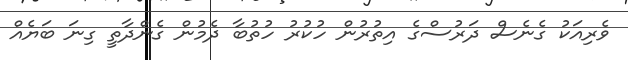
ވެރިއަކު ގެނެސް ދަރުސްގެ އިތުރުން ހުކުރު ހުތުބާ ދެމުން ގެންދާތީ ގިނަ ބަޔެއް